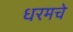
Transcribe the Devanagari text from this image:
धरमचे